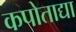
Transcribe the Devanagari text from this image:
कपोताद्या